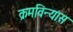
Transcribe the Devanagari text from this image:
क्रमविन्यास